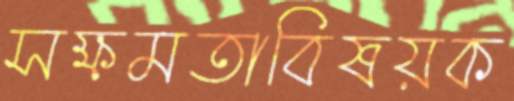
সক্ষমতাবিষয়ক